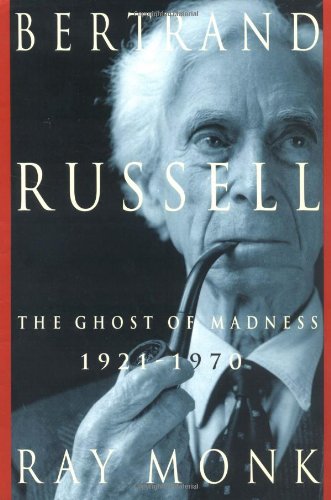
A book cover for Bertrand Russell: 1921-1970, The Ghost of Madness; Ray Monk; Politics & Social Sciences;